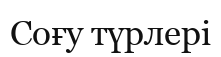
Соғу түрлері